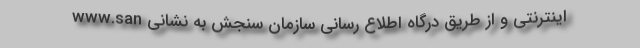
اینترنتی و از طریق درگاه اطلاع رسانی سازمان سنجش به نشانی www.san